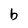
Character: b